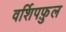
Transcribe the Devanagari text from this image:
वर्शिपफ़ुल